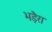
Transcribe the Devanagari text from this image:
भड़ैरा